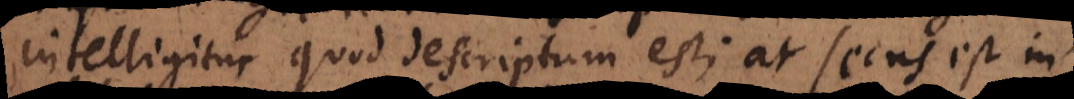
intelligitur quod descriptum est; at secus est in